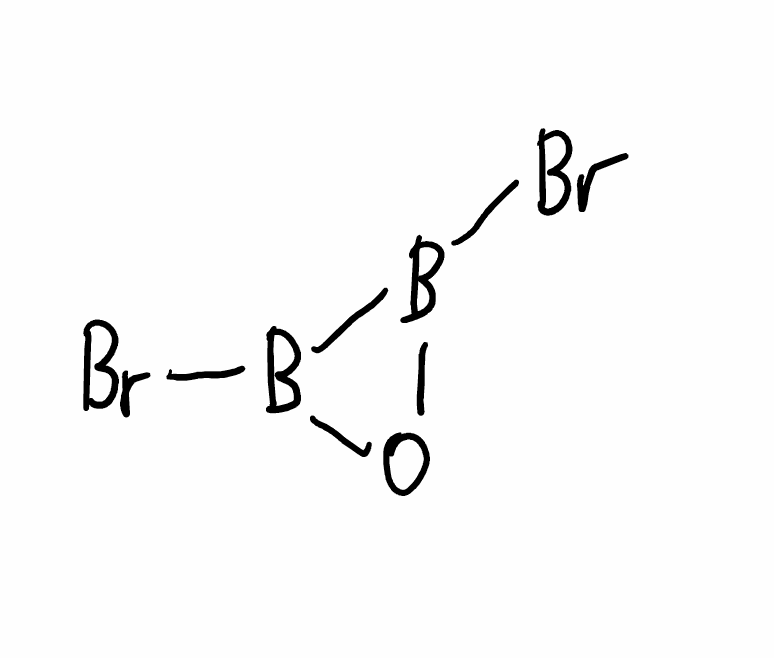
Simplified molecular-input line-entry system (SMILES) notation of the given molecule:
B1(B(O1)Br)Br